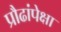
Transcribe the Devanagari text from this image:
प्रौढांपेक्षा